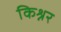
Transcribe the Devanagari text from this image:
किश्नर